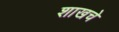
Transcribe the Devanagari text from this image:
शाखचे